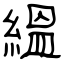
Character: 縕